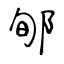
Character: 郇